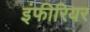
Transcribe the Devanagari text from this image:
इंफीरियर